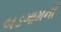
બડગામની